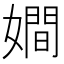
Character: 𡢃